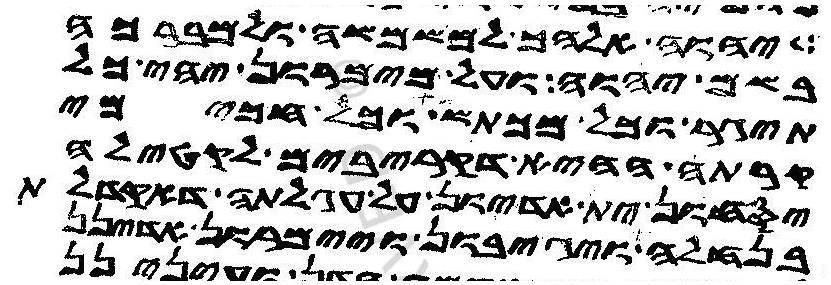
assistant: יהוה אלהך למשמשה ולמברכה
בשם יהוה ועל מימרון יהי כל
תיגר וכל מכתש וכל חכימי
קרתה ההיא דקריבים לקטילה
יסחון ית אדיון על עגלתה דאקדלת
בנחלה ויגיבון ויימרון אדינן